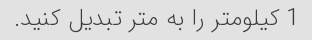
1 کیلومتر را به متر تبدیل کنید.